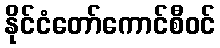
နိုင်ငံတော်ကောင်စီဝင်